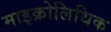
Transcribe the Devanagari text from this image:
माइक्रोलिथिक